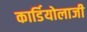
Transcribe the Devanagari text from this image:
कार्डियोलाजी